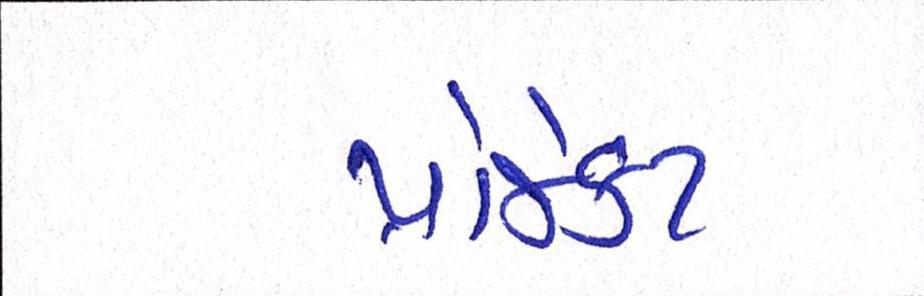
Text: પ્રોજેક્ટ